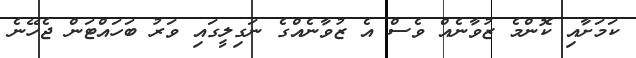
ކަމަށާއި ކޮންމެ ޒުވާނެއް ވެސް އެ ޒުވާނެއްގެ ނަގިލީގައި ވަރު ބަހައްޓަން ޖެހޭނެ